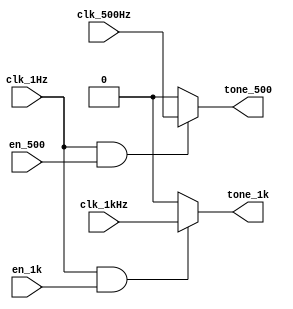
/*
sound drive circuit
input
    mult-clocks signals and enable signal of 500 or 1k Hz sound
output
    drive signal
*/
module tone
(
    input       clk_1Hz,        // 1Hz clock
    input       clk_500Hz,      // 500Hz clock
    input       clk_1kHz,       // 1kHz clock
    input       en_500,         // 500Hz enable
    input       en_1k,          // 1kHz enable

    output wire tone_500,       // 500Hz drive signal
    output wire tone_1k         // 1kHz drive signal
);
    assign tone_500 = (clk_1Hz & en_500) ? clk_500Hz : 1'b0;
    assign tone_1k  = (clk_1Hz & en_1k)  ? clk_1kHz  : 1'b0;

endmodule